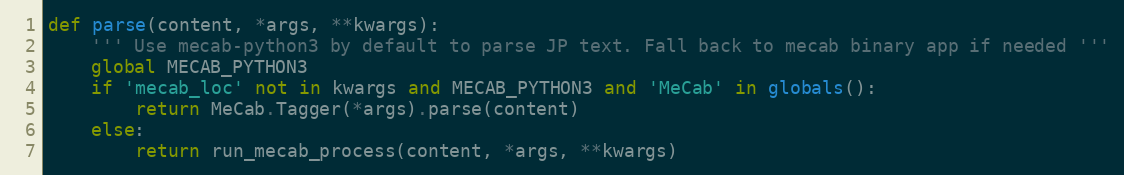
Language: Python
def parse(content, *args, **kwargs):
    ''' Use mecab-python3 by default to parse JP text. Fall back to mecab binary app if needed '''
    global MECAB_PYTHON3
    if 'mecab_loc' not in kwargs and MECAB_PYTHON3 and 'MeCab' in globals():
        return MeCab.Tagger(*args).parse(content)
    else:
        return run_mecab_process(content, *args, **kwargs)